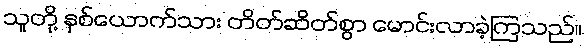
သူတို့ နှစ်ယောက်သား တိတ်ဆိတ်စွာ မောင်းလာခဲ့ကြသည်။